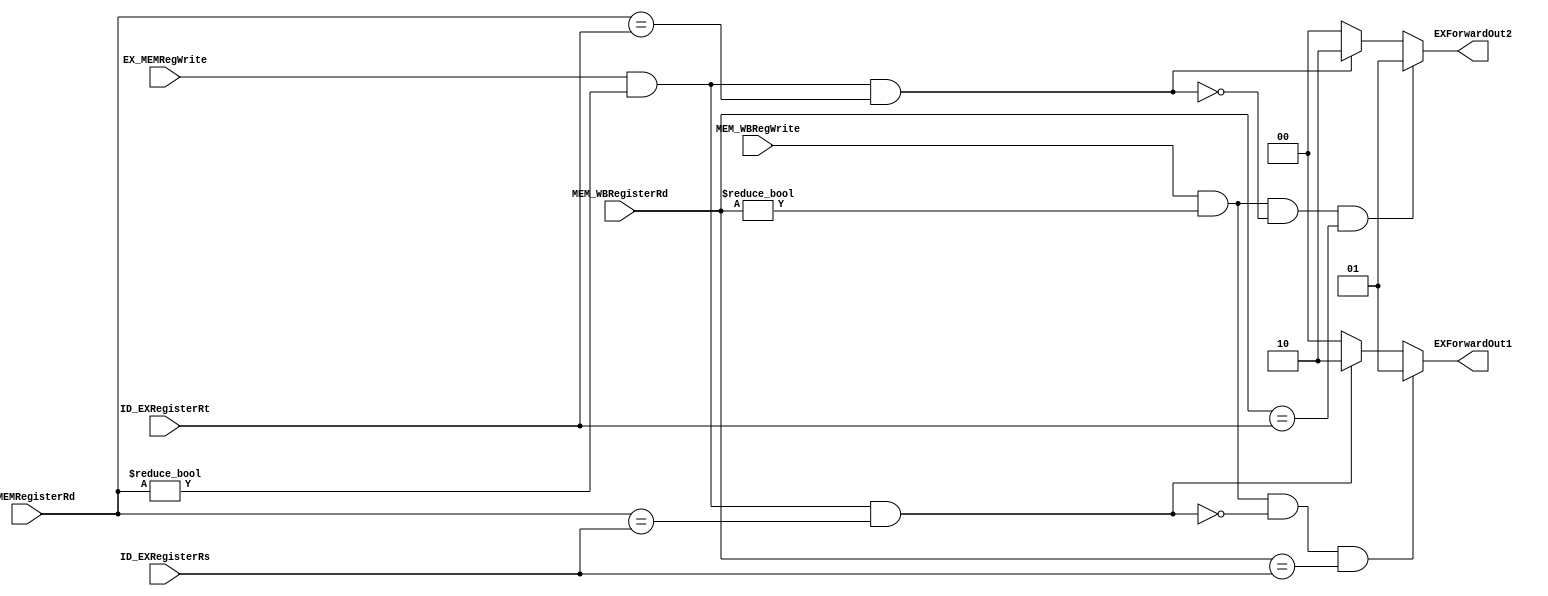
`timescale 1ns / 1ps
//////////////////////////////////////////////////////////////////////////////////
// Company:
// Engineer:
//
// Design Name:
// Module Name: Forwarding_Unit
// Project Name:
// Target Devices:
// Tool Versions:
// Description:
//
// Dependencies:
//
// Revision:
// Revision 0.01 - File Created
// Additional Comments:
//
//////////////////////////////////////////////////////////////////////////////////


module ForwardingUnit(ID_EXRegisterRs,ID_EXRegisterRt,
EX_MEMRegWrite,MEM_WBRegWrite,EX_MEMRegisterRd,MEM_WBRegisterRd,
EXForwardOut1,EXForwardOut2);

  input EX_MEMRegWrite,MEM_WBRegWrite;
  input [4:0] ID_EXRegisterRs,ID_EXRegisterRt,EX_MEMRegisterRd,MEM_WBRegisterRd;
  output [1:0] EXForwardOut1,EXForwardOut2;

  function [1:0]out1;
    input [4:0] ID_EXRegisterRs,ID_EXRegisterRt,EX_MEMRegisterRd,MEM_WBRegisterRd;
    input EX_MEMRegWrite,MEM_WBRegWrite;
    begin
      if (
        MEM_WBRegWrite &
        (MEM_WBRegisterRd!=0) &
        !(EX_MEMRegWrite & (EX_MEMRegisterRd!=0) & (EX_MEMRegisterRd==ID_EXRegisterRs)) &
        (MEM_WBRegisterRd==ID_EXRegisterRs) )
        out1=2'b01;
      else if (EX_MEMRegWrite & (EX_MEMRegisterRd!=0) &(EX_MEMRegisterRd==ID_EXRegisterRs))
        out1=2'b10;
      else
        out1=2'b00;
    end
  endfunction

  function [1:0]out2;
    input [4:0] ID_EXRegisterRs,ID_EXRegisterRt,EX_MEMRegisterRd,MEM_WBRegisterRd;
    input EX_MEMRegWrite,MEM_WBRegWrite;
    begin
      if (
        MEM_WBRegWrite &
        (MEM_WBRegisterRd!=0) &
        !(EX_MEMRegWrite&(EX_MEMRegisterRd!=0) & (EX_MEMRegisterRd==ID_EXRegisterRt) ) &
        (MEM_WBRegisterRd==ID_EXRegisterRt) )
        out2=2'b01;
      else if (EX_MEMRegWrite & (EX_MEMRegisterRd!=0) &(EX_MEMRegisterRd==ID_EXRegisterRt))
        out2=2'b10;
      else
        out2=2'b00;
    end
  endfunction

  assign EXForwardOut1=out1(ID_EXRegisterRs,ID_EXRegisterRt,EX_MEMRegisterRd,MEM_WBRegisterRd,EX_MEMRegWrite,MEM_WBRegWrite);
  assign EXForwardOut2=out2(ID_EXRegisterRs,ID_EXRegisterRt,EX_MEMRegisterRd,MEM_WBRegisterRd,EX_MEMRegWrite,MEM_WBRegWrite);
endmodule